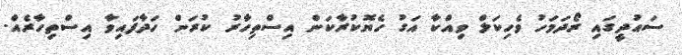
ސައުދީގައި ރޯދަމަހު ވެހިކަލް ވިއްކާ އަގު ހެޔޮކުރާކަން އިސްތިހާުރު ކުރަން ހަދާފައިވާ އިސްތިހާރެއް.